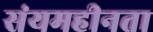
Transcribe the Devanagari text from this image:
संयमहीनता